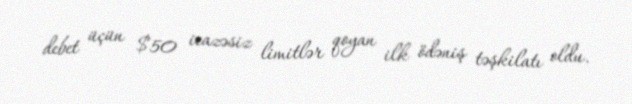
debet üçün $50 icazəsiz limitlər qoyan ilk ödəniş təşkilatı oldu.